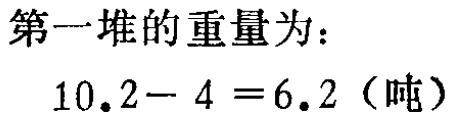
第一堆的重量为：
\(10.2 - 4 = 6.2\)（吨）